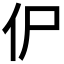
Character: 𰁢